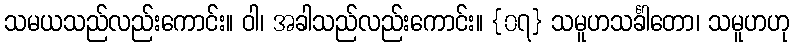
သမယသည်လည်းကောင်း။ ဝါ၊ အခါသည်လည်းကောင်း။ {၀၇} သမူဟသင်္ခါတော၊ သမူဟဟု